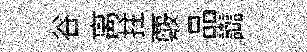
谷离拄覈品讟